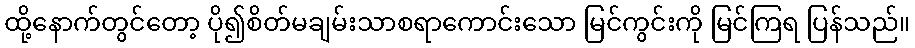
ထို့နောက်တွင်တော့ ပို၍စိတ်မချမ်းသာစရာကောင်းသော မြင်ကွင်းကို မြင်ကြရ ပြန်သည်။